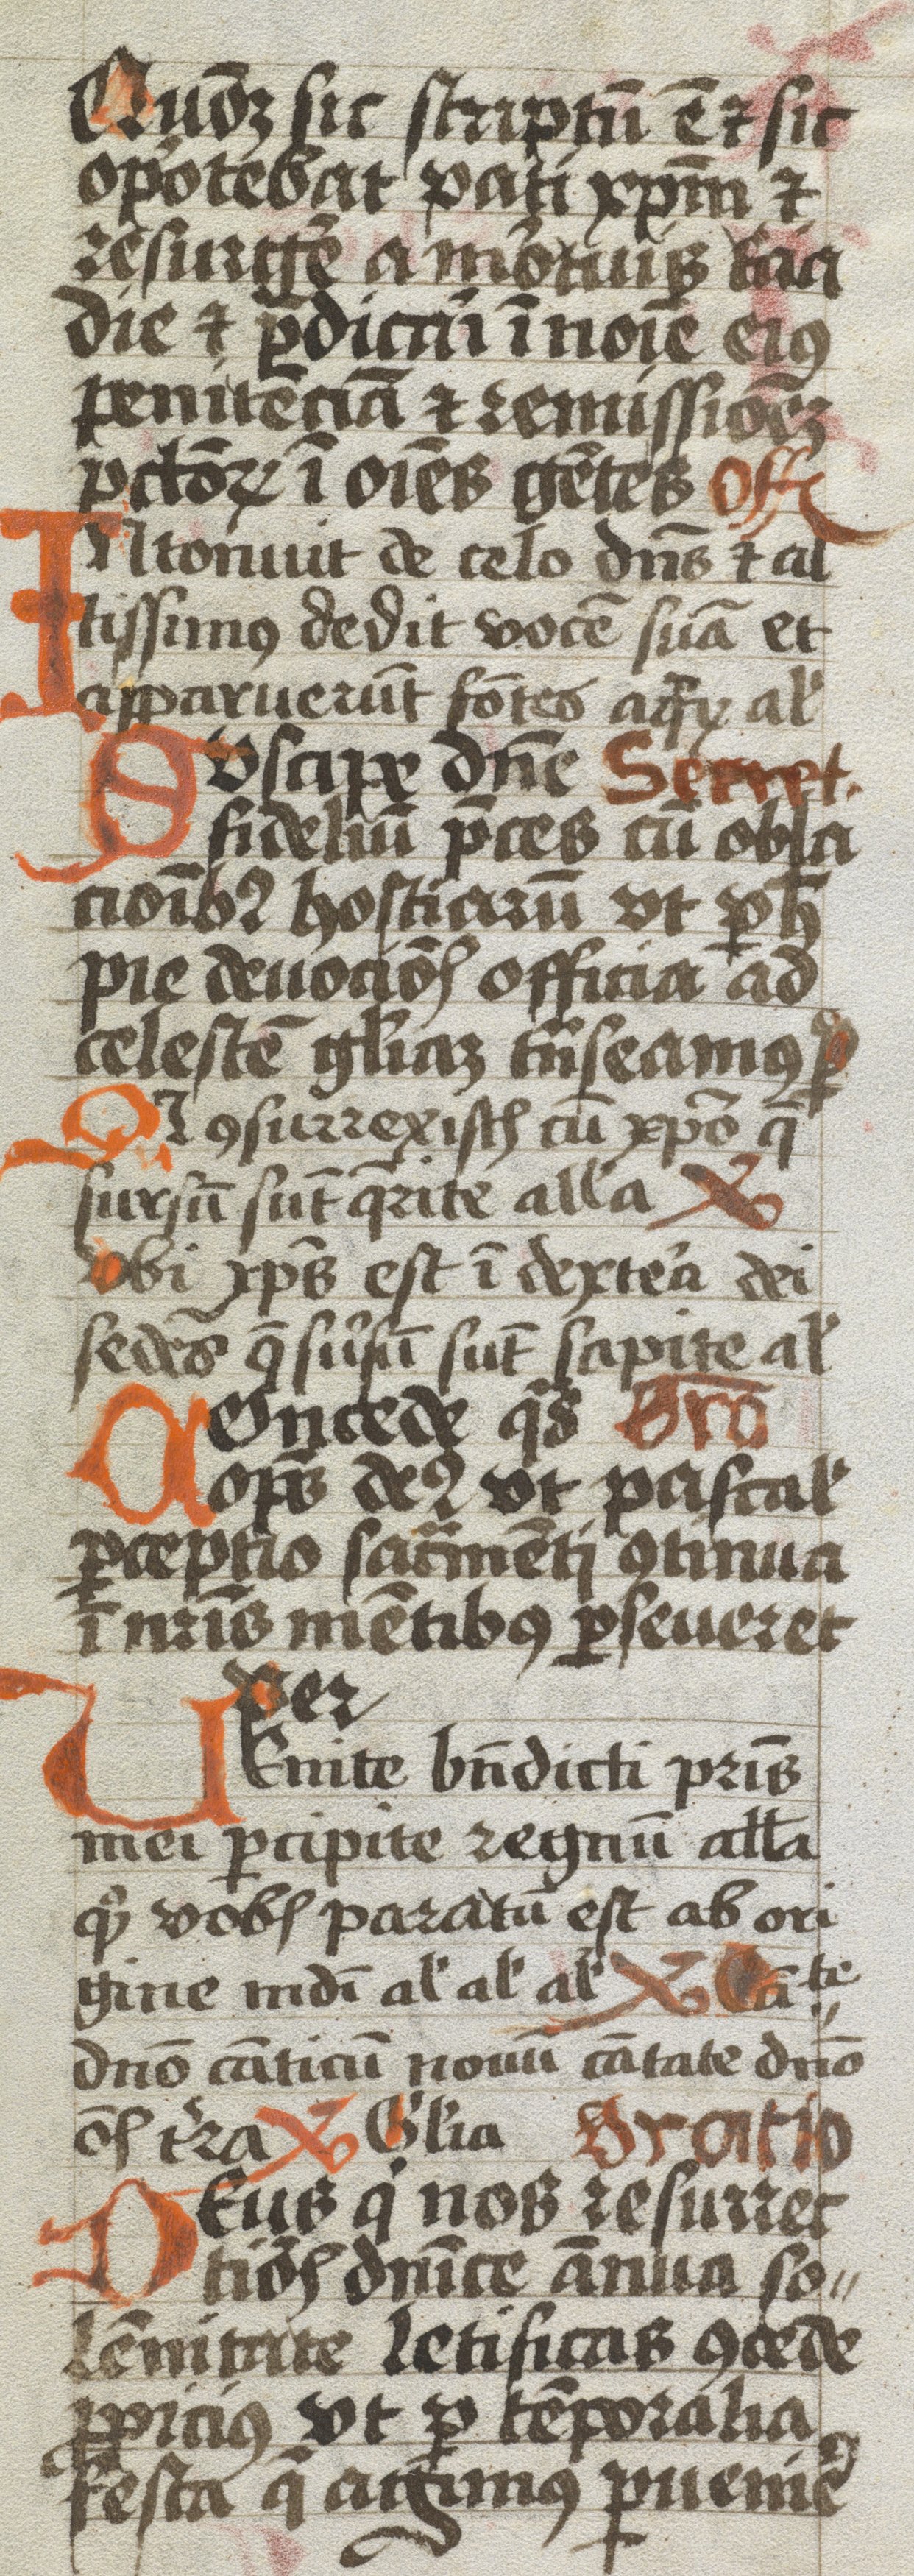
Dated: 1483–1483